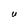
Character: U